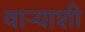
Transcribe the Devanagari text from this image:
वाऱ्याशी